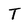
Character: T